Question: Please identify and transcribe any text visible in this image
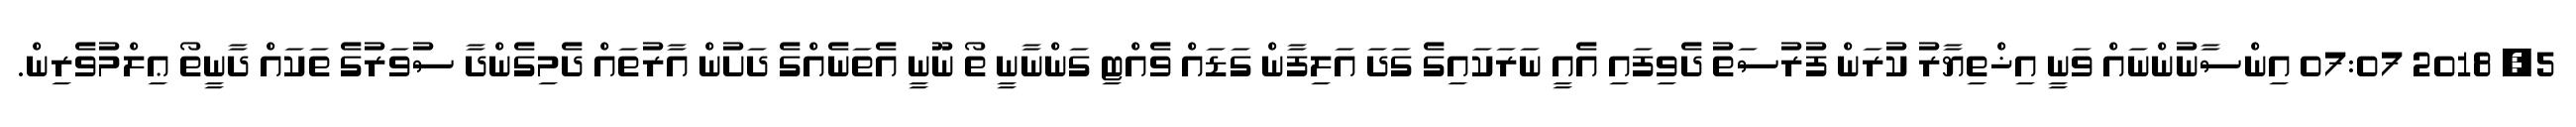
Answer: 5, 2018 07:07 އިންސާނުންނައް ވަނީ އިޚްތިޔާރު ކުރަން ފުރުސަތު ދެވިފައި އެއީ ނަރަކައިގެ ގަދަ އަލިފާން ގަޑައް ވެއްޓި ގަންނާނީ ތޯ ނޫނީ އެތަނެއްގެ ދަށުން އާރުތައް ދެމިގެންދާ ސުވަރުގެ ތަކައް ދާނީތޯ ޢިލްމުވެރިން.